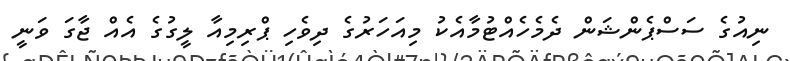
ނިއުގެ ސަސްޕެންޝަން ދެމެހެއްޓުމާއެކު މިއަހަރުގެ ދިވެހި ޕްރިމިއާ ލީގުގެ އެއް ޖާގަ ވަނީ